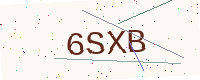
Text: 6SXB